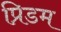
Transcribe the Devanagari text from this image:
प्रिडम